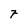
Character: 7